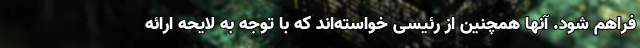
فراهم شود. آنها همچنین از رئیسی خواسته‌اند که با توجه به لایحه ارائه